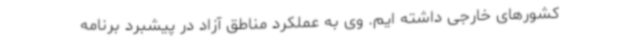
کشورهای خارجی داشته ایم. وی به عملکرد مناطق آزاد در پیشبرد برنامه